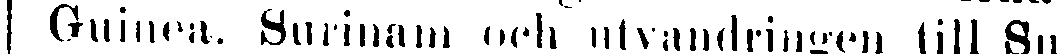
Guinea. Surinam och utvandringen till Suri-